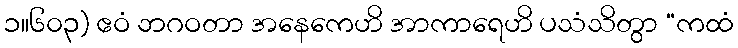
၁။၆၀၃) ဧဝံ ဘဂဝတာ အနေကေဟိ အာကာရေဟိ ပသံသိတွာ “ကထံ